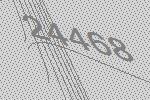
24468